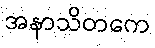
အနာသိတကေ